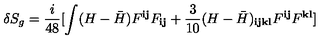
\delta S _ { g } = \frac { i } { 4 8 } [ \int ( H - { \bar { H } } ) F ^ { { \mathbf i } { \mathbf j } } F _ { { \mathbf i } { \mathbf j } } + \frac { 3 } { 1 0 } ( H - { \bar { H } } ) _ { { \mathbf i } { \mathbf j } { \mathbf k } { \mathbf l } } F ^ { { \mathbf i } { \mathbf j } } F ^ { { \mathbf k } { \mathbf l } } ]